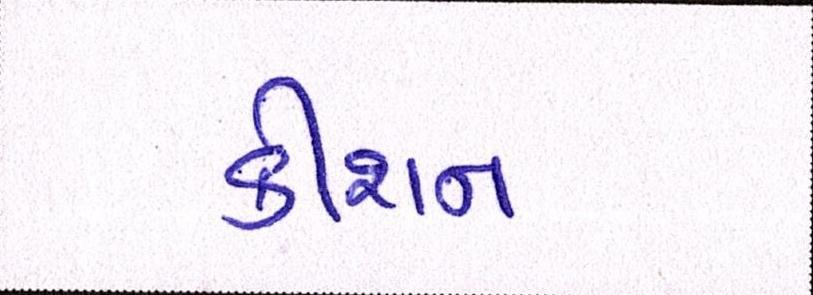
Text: કીશન